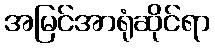
အမြင်အာရုံဆိုင်ရာ